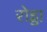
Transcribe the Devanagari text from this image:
रोड्डा